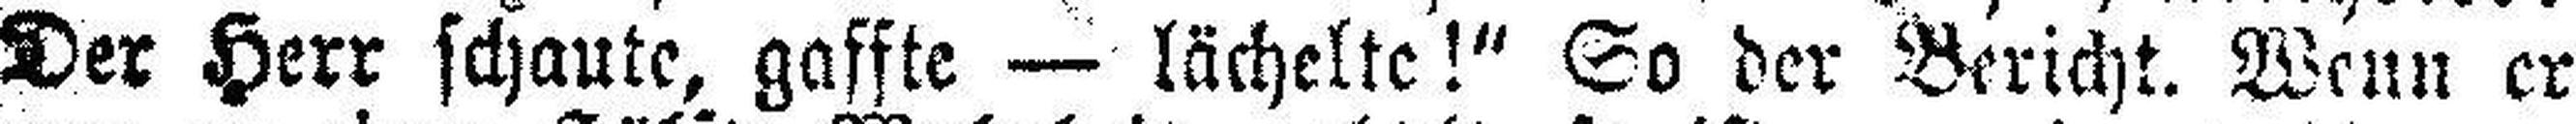
Der Herr schaute, gaffte — lächelte!“ So der Bericht. Wenn er